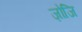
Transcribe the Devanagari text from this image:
ज़ोजि